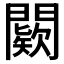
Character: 𨶦